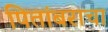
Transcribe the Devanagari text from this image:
पितांबराचा